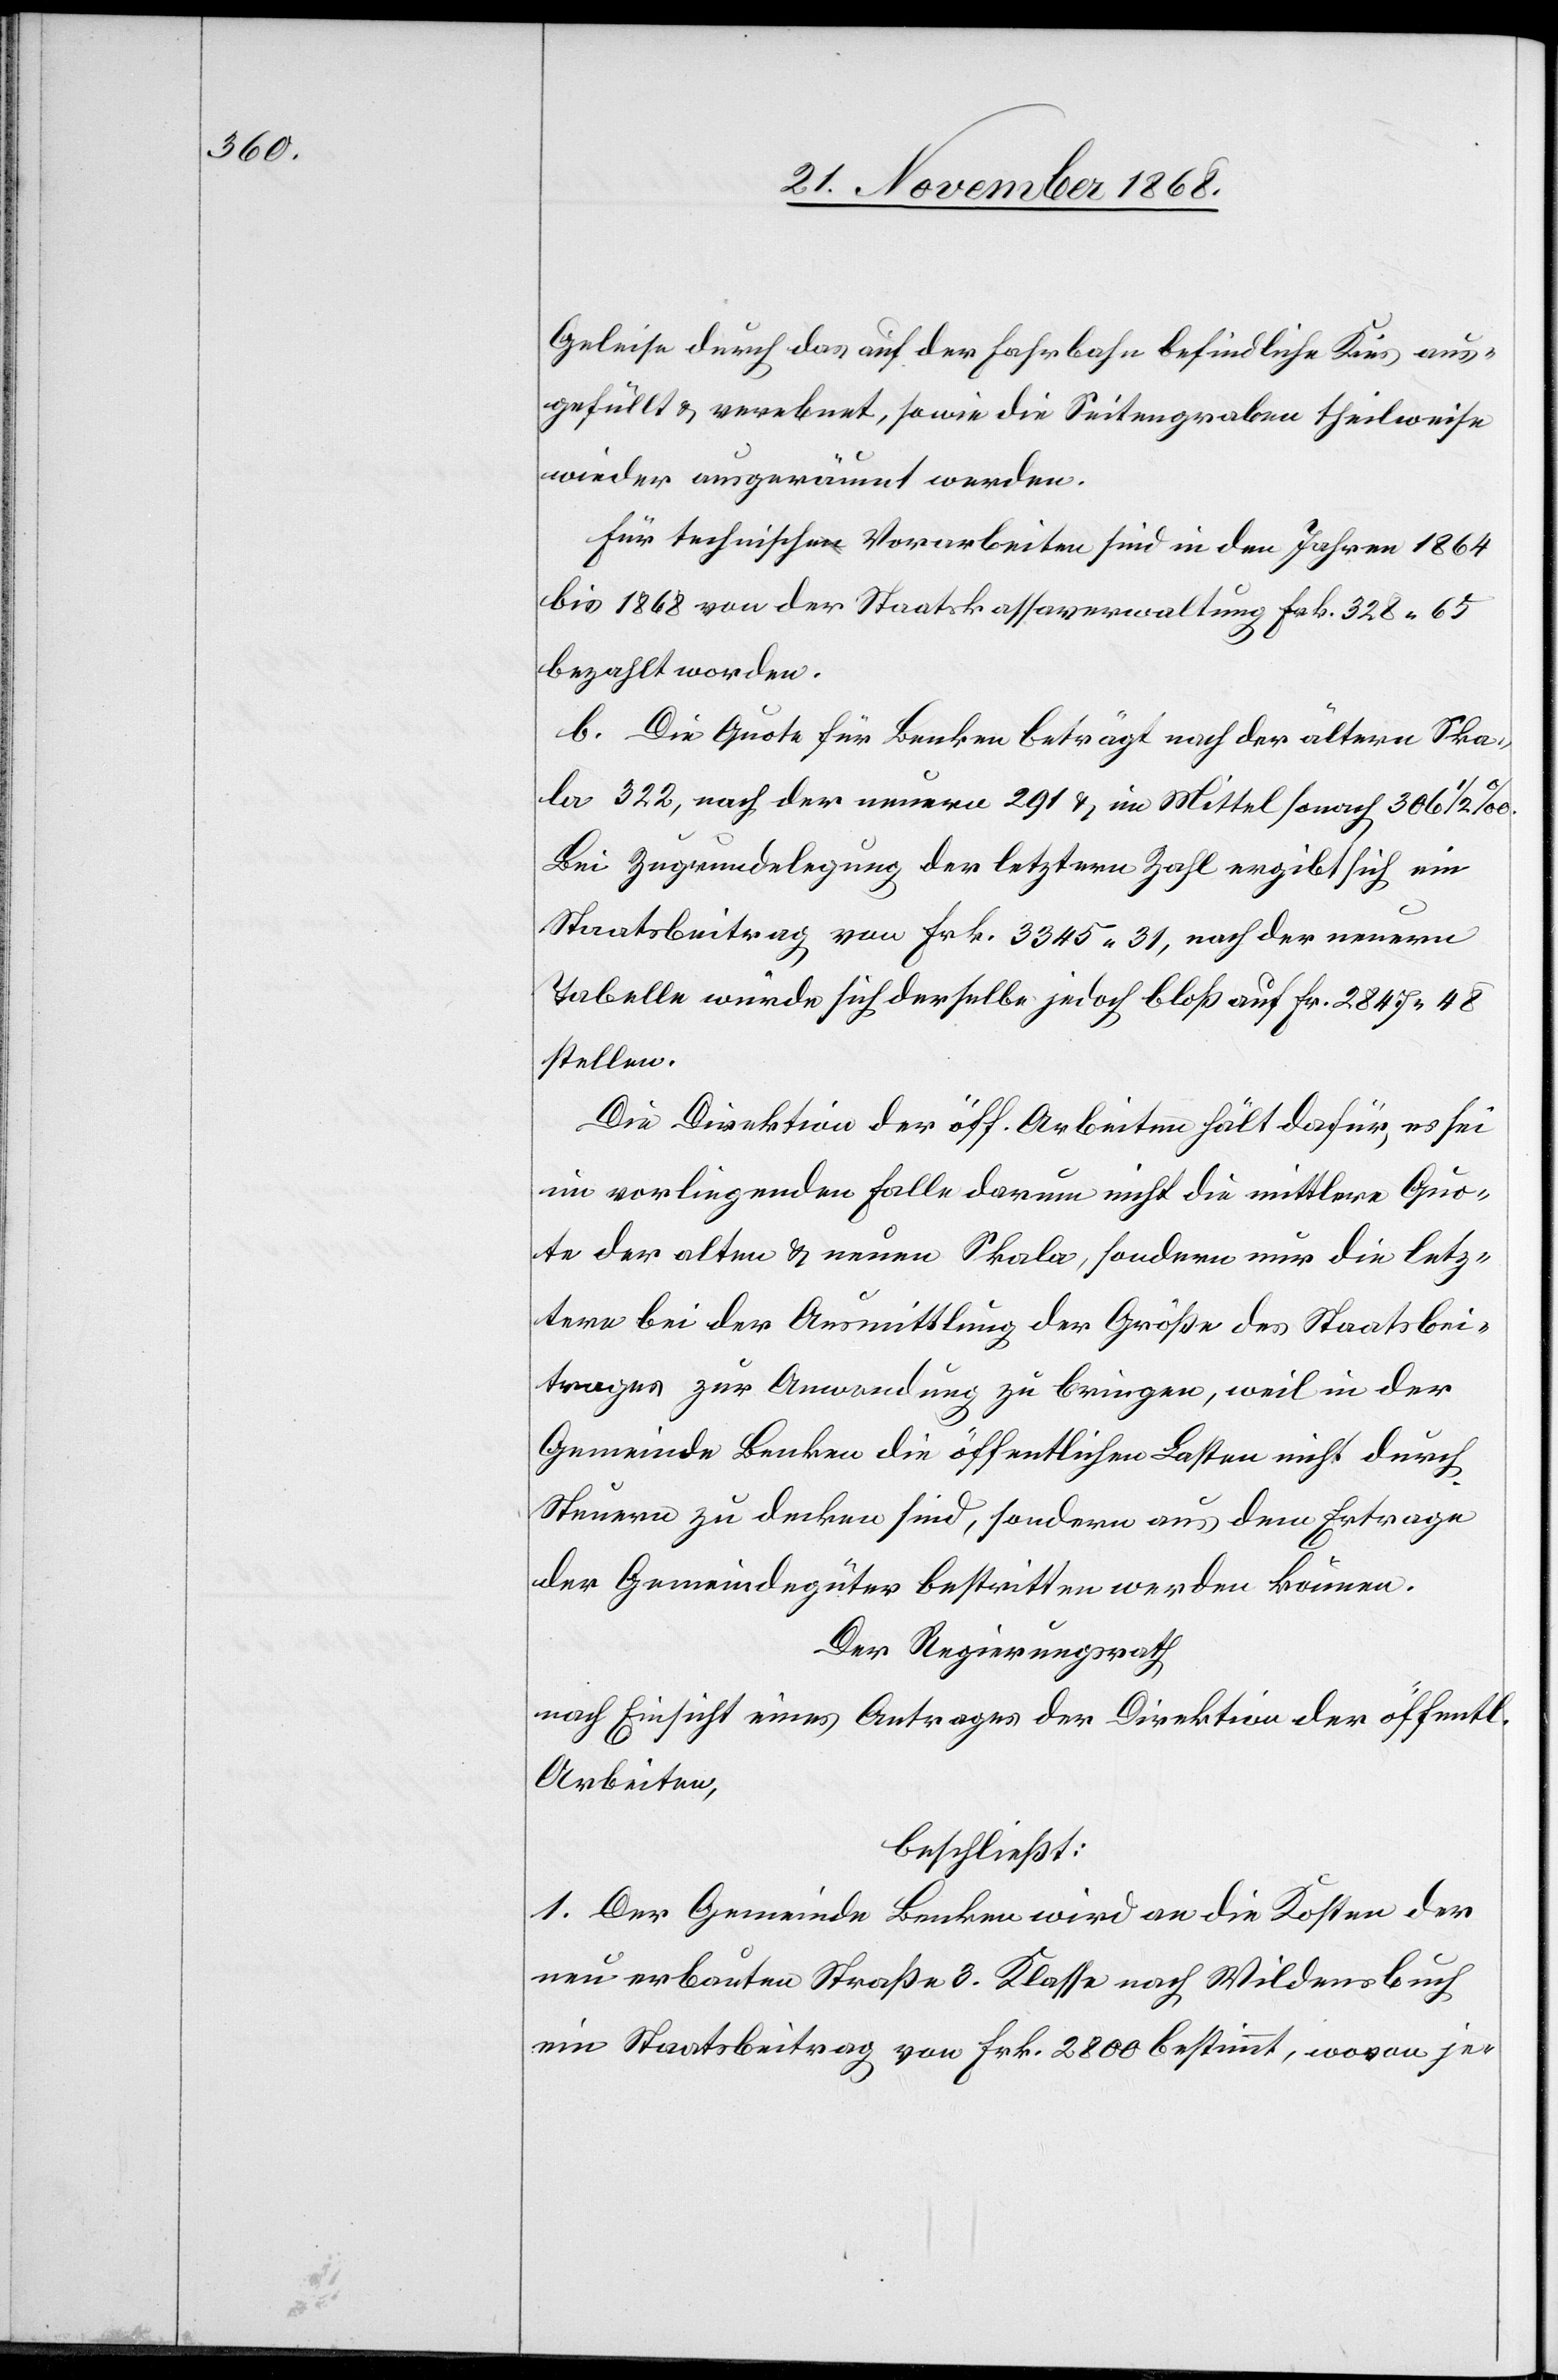
Geleise durch das auf der Fahrbahn befindliche Kies aus¬
gefüllt & verebnet, sowie die Seitengraben theilweise
wieder ausgeräumt werden.
Für technische Vorarbeiten sind in den Jahren 1864
bis 1868 von der Staatskassaverwaltung Frk. 328.65
bezahlt worden.
b. Die Quote für Benken beträgt nach der ältern Ska¬
la 322, nach der neuern 291 & im Mittel sonach 306 1/2 ‰.
Bei Zugrundelegung der letztern Zahl ergibt sich ein
Staatsbeitrag von Frk. 3345.31, nach der neuern
Tabelle würde sich derselbe jedoch bloß auf Fr. 2847.48
stellen.
Die Direktion der öff. Arbeiten hält dafür, es sei
im vorliegenden Falle darum nicht die mittlere Quo¬
te der alten & neuen Skala, sondern nur die letz¬
tere bei der Ausmittlung der Größe des Staatsbei¬
trages zur Anwendung zu bringen, weil in der
Gemeinde Benken die öffentlichen Lasten nicht durch
Steuern zu decken sind, sondern aus dem Ertrage
der Gemeindegüter bestritten werden können.
Der Regierungsrath
nach Einsicht eines Antrages der Direktion der öffentl.
Arbeiten,
beschließt:
1. Der Gemeinde Benken wird an die Kosten der
neu erbauten Straße 3. Klasse nach Wildensbuch
ein Staatsbeitrag von Frk. 2800 bestimmt, wovon je-